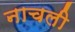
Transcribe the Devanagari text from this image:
नाचली